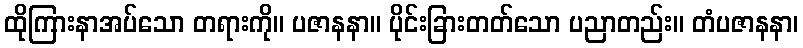
ထိုကြားနာအပ်သော တရားကို။ ပဇာနနာ။ ပိုင်းခြားတတ်သော ပညာတည်း။ တံပဇာနနာ၊